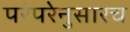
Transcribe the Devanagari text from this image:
परंपरेनुसारच